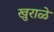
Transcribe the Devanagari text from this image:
खुराळे